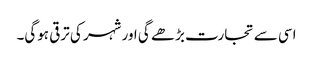
اسی سے تجارت بڑھے گی اور شہر کی ترقی ہوگی۔